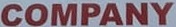
COMPANY